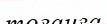
тоғанға